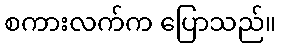
စကားလက်က ပြောသည်။